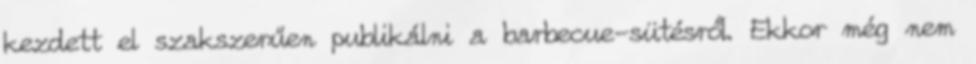
kezdett el szakszerűen publikálni a barbecue-sütésről. Ekkor még nem